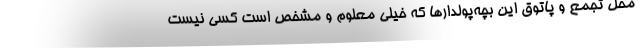
محل تجمع و پاتوق این بچه‌پولدارها که خیلی معلوم و مشخص است کسی نیست